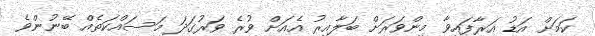
ކަމަށް އަޑު އަރާފައިވާ މިންވަރަށް ބަލާއިރު އެއަށް ވުރެ ވަރުގަދަ މަސައްކަތެއް ބޭނުންވެ